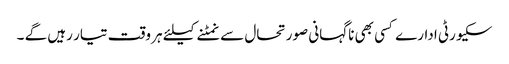
سکیورٹی ادارے کسی بھی ناگہانی صورتحال سے نمٹنے کیلئے ہر وقت تیار رہیں گے ۔